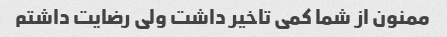
ممنون از شما کمی تاخیر داشت ولی رضایت داشتم